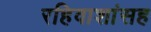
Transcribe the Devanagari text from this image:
रहिवाशांसह